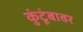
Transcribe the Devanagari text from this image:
कुंटूंबावर